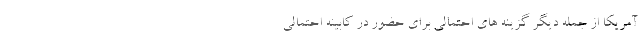
آمریکا از جمله دیگر گزینه های احتمالی برای حضور در کابینه احتمالی